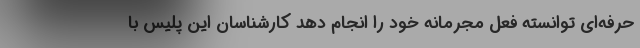
حرفه‌ای توانسته فعل مجرمانه خود را انجام دهد کارشناسان این پلیس با